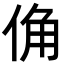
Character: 𪝀